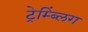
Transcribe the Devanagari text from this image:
ट्रेम्ब्लिंग